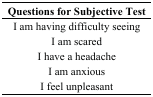
| Questions for Subjective Test |
 | --- |
 | I am having difficulty seeing |
 | I am scared |
 | I have a headache |
 | I am anxious |
 | I feel unpleasant |